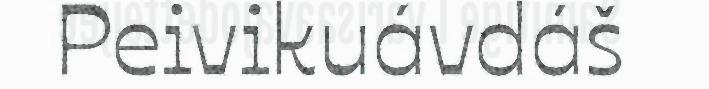
Peivikuávdáš